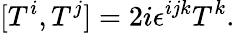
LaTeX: [T^{i},T^{j}]=2i\epsilon^{ijk}T^{k}.